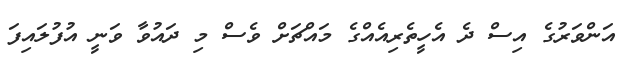
އަންވަރުގެ އިސް ދެ އެހީތެރިއެއްގެ މައްޗަށް ވެސް މި ދައުވާ ވަނީ އުފުލައިފަ